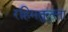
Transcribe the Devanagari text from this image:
रहिमतुल्ला